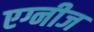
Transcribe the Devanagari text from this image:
एग्नीज